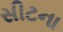
સીટના